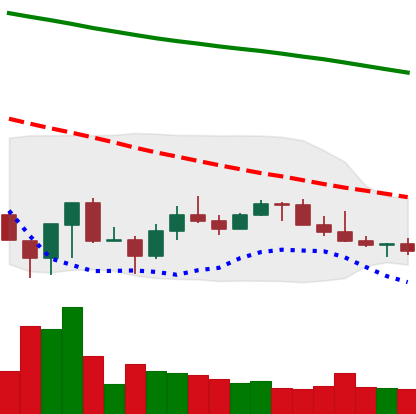
Ticker: LINK-USD
Chart end date: 2022-07-01
Forward return: 4.434%
Label: up_3_5